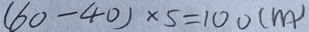
( 6 0 - 4 0 ) \times 5 = 1 0 0 ( m )